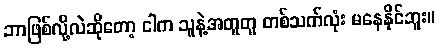
ဘာဖြစ်လို့လဲဆိုတော့ ငါက သူနဲ့အတူတူ တစ်သက်လုံး မနေနိုင်ဘူး။